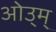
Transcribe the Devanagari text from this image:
ओउ्म्